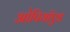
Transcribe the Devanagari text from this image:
ओपियॉएड